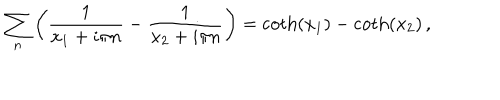
LaTeX: \sum _ { n } \left( \frac { 1 } { x _ { 1 } + i \pi n } - \frac { 1 } { x _ { 2 } + i \pi n } \right) = \coth ( x _ { 1 } ) - \coth ( x _ { 2 } ) \, ,